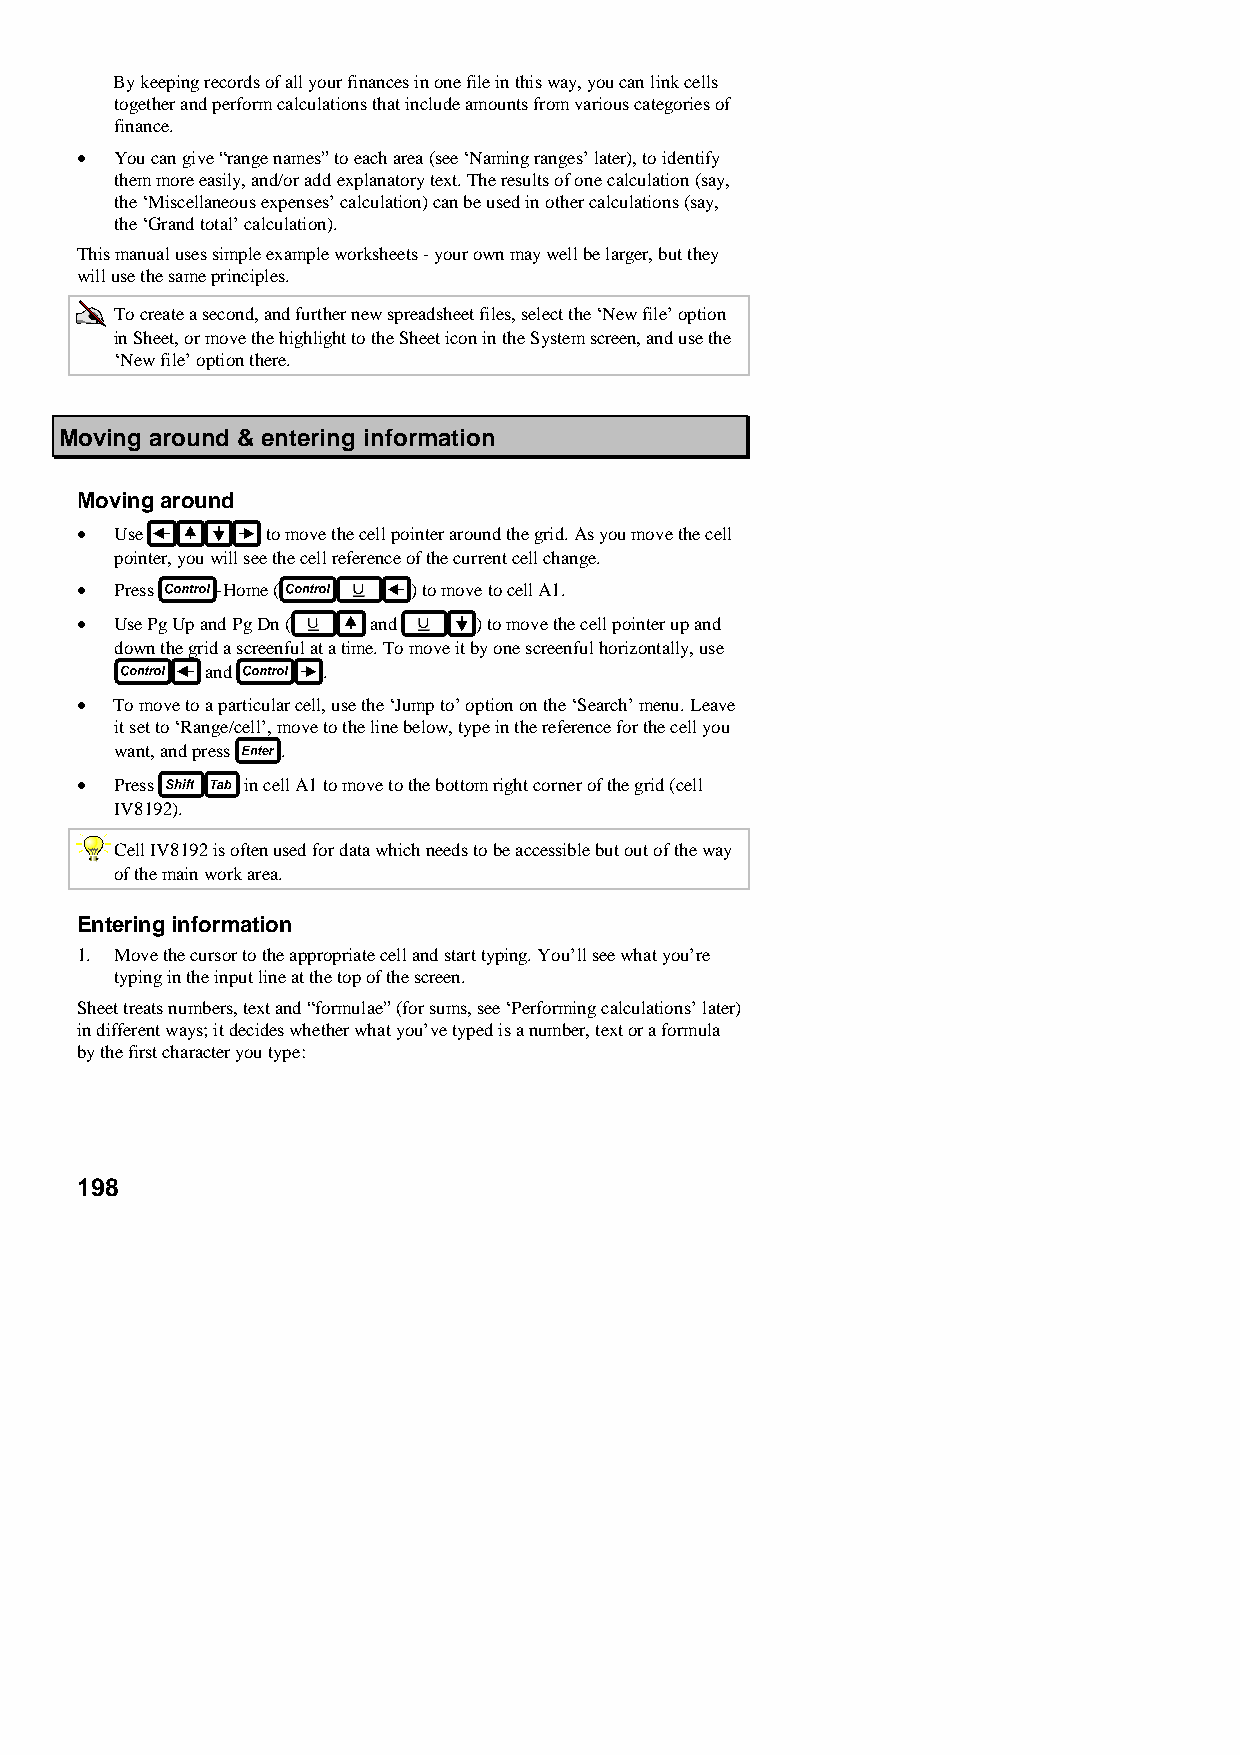
By keeping records of all your finances in one file in this way, you can link cells
 together and perform calculations that include amounts from various categories of
 finance.
 •  You can give “range names” to each area (see ‘Naming ranges’ later), to identify
 them more easily, and/or add explanatory text. The results of one calculation (say,
 the ‘Miscellaneous expenses’ calculation) can be used in other calculations (say,
 the ‘Grand total’ calculation).
 This manual uses simple example worksheets - your own may well be larger, but they
 will use the same principles.
 To create a second, and further new spreadsheet files, select the ‘New file’ option
 in Sheet, or move the highlight to the Sheet icon in the System screen, and use the
 ‘New file’ option there.
 Moving around & entering information
 Moving around
 •  Use       to move the cell pointer around the grid. As you move the cell
 pointer, you will see the cell reference of the current cell change.
 •  Press -Home (      ) to move to cell A1.
 •  Use Pg Up and Pg Dn ( and ) to move the cell pointer up and
 down the grid a screenful at a time. To move it by one screenful horizontally, use
 and    .
 •  To move to a particular cell, use the ‘Jump to’ option on the ‘Search’ menu. Leave
 it set to ‘Range/cell’, move to the line below, type in the reference for the cell you
 want, and press .
 •  Press   in cell A1 to move to the bottom right corner of the grid (cell
 IV8192).
 Cell IV8192 is often used for data which needs to be accessible but out of the way
 of the main work area.
 Entering information
 1. Move the cursor to the appropriate cell and start typing. You’ll see what you’re
 typing in the input line at the top of the screen.
 Sheet treats numbers, text and “formulae” (for sums, see ‘Performing calculations’ later)
 in different ways; it decides whether what you’ve typed is a number, text or a formula
 by the first character you type:
 198